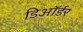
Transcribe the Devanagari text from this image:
डिऑर्डर